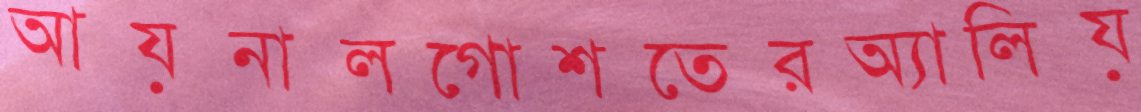
আয়নালগোশতেরঅ্যালিয়